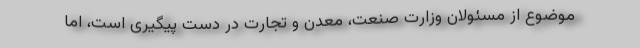
موضوع از مسئولان وزارت صنعت، معدن و تجارت در دست پیگیری است، اما